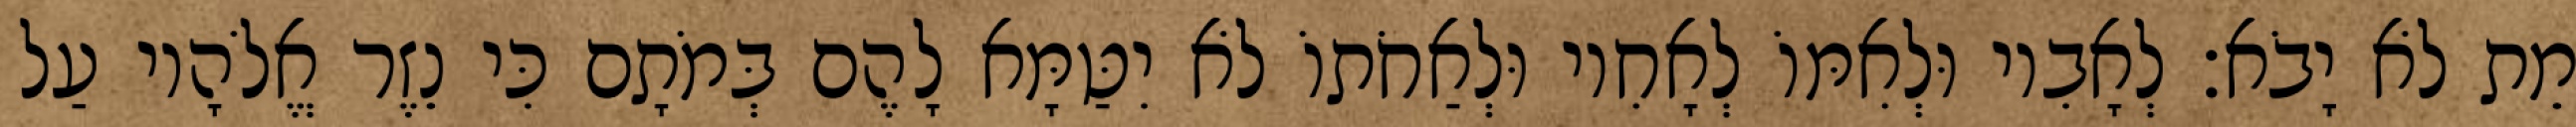
מֵת לֹא יָבֹא׃ לְאָבִיו וּלְאִמּוֹ לְאָחִיו וּלְאַחֹתוֹ לֹא יִטַּמָּא לָהֶם בְּמֹתָם כִּי נֵזֶר אֱלֹהָיו עַל